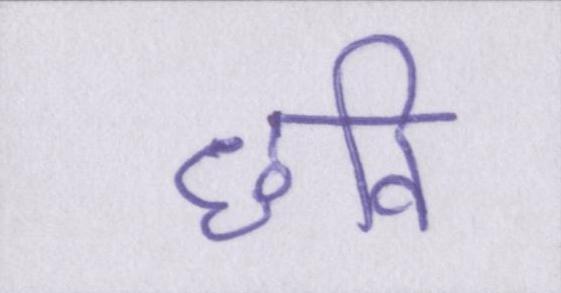
छवि